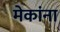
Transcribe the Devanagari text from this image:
मेकांना